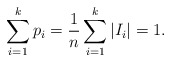
\begin{align*}\sum_{i=1}^k p_i = \frac{1}{n} \sum_{i=1}^k |I_i| = 1.\end{align*}